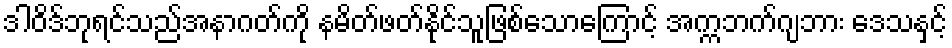
ဒါဝိဒ်ဘုရင်သည်အနာဂတ်ကို နမိတ်ဖတ်နိုင်သူဖြစ်သောကြောင့် အက္ကဘက်ဂျဘား ဒေသနှင့်